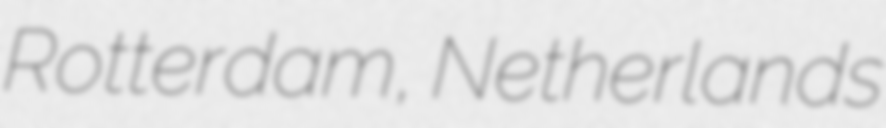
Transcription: Rotterdam, Netherlands